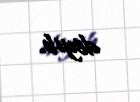
deyib.